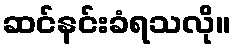
ဆင်နင်းခံရသလို။